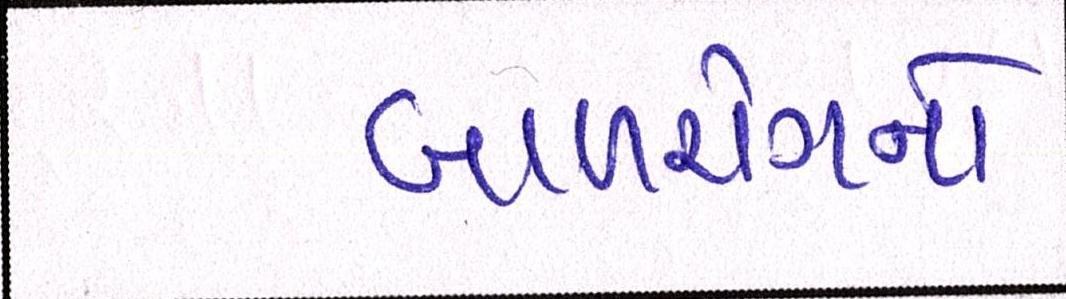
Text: બાળરોગનો